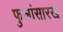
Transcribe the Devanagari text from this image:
फुलांसारखे